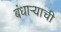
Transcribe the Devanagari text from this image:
बंधार्‍याची